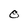
Character: O